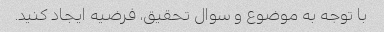
با توجه به موضوع و سوال تحقیق، فرضیه ایجاد کنید.